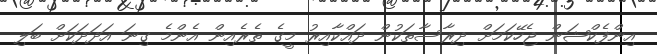
އިންފެކްޝަން ޖެހޭކަމަށް ދިރާސާތަކުން ދައްކާއިރު މީގެ ތެރެއިން އެންމެ ގިނަ އަދަދަކަށް ބަލި